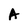
Character: A